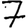
Digit: 7